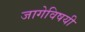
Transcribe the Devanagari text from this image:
जागेविषयी